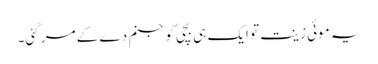
یہ موئی زینت تو ایک ہی بچی کو جنم دے کے مر گئی۔